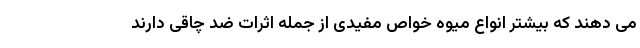
می دهند که بیشتر انواع میوه خواص مفیدی از جمله اثرات ضد چاقی دارند